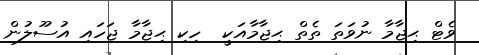
ވެޓް ޙިޖާމާ ނުވަތަ ތެތް ޙިޖާމާއަކީ  ހިކި ޙިޖާމާ ޖަހައި އުސޫލުން